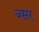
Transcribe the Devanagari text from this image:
ज्सर